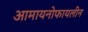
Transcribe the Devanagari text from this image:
आमायनोफायलीन